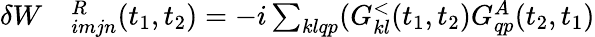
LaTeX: \begin{array}{rl}{\delta W}&{{}^R_{imjn}(t_{1},t_{2})=-i\sum_{klqp}(G_{kl}^{<}(t_{1},t_{2})G_{qp}^{A}(t_{2},t_{1})}\end{array}